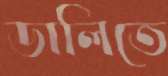
ডালিতে